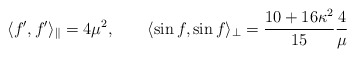
\begin{align*}\langle f',f' \rangle_{\parallel} = 4\mu^2, \qquad\langle \sin f, \sin f \rangle_{\perp} =\frac{10+16\kappa^2}{15}\frac{4}{\mu}\end{align*}